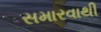
સમારવાથી